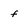
Character: f